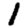
Digit: 1